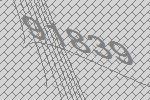
91839